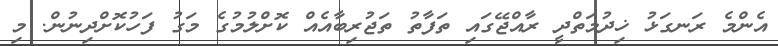
އެންމެ ރަނގަޅު ޚިދުމަތްދީ ރާއްޖޭގައި ތަފާތު ތަޖުރިބާއެއް ކޮށްލުމުގެ މަގު ފަހުކޮށްދިނުން. މި